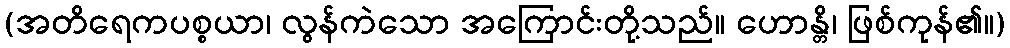
(အတိရေကပစ္စယာ၊ လွန်ကဲသော အကြောင်းတို့သည်။ ဟောန္တိ၊ ဖြစ်ကုန်၏။)